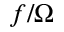
f / \Omega